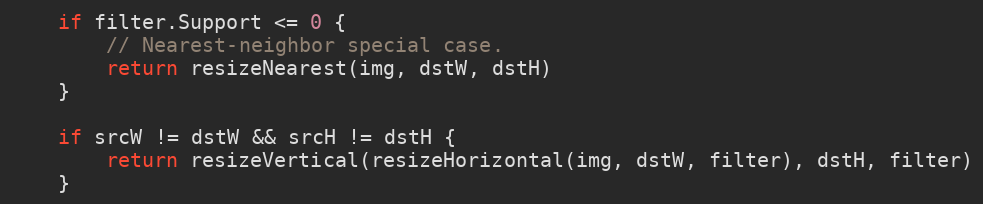
Language: Go
	if filter.Support <= 0 {
		// Nearest-neighbor special case.
		return resizeNearest(img, dstW, dstH)
	}

	if srcW != dstW && srcH != dstH {
		return resizeVertical(resizeHorizontal(img, dstW, filter), dstH, filter)
	}